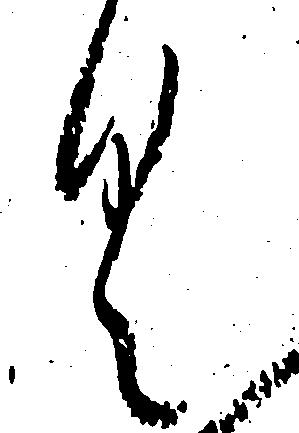
く